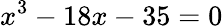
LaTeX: x^{3}-18x-35=0